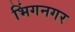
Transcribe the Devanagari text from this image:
भिंगनगर